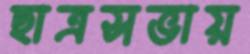
ছাত্রসভায়